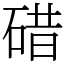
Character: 碏